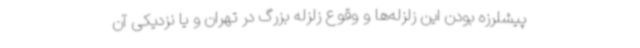
پیشلرزه بودن این زلزله‌ها و وقوع زلزله بزرگ در تهران و یا نزدیکی آن